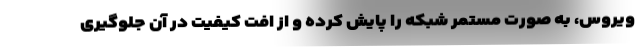
ویروس، به صورت مستمر شبکه را پایش کرده و از افت کیفیت در آن جلوگیری